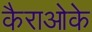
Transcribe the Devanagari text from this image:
कैराओके